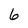
Character: 6